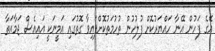
އޭގެ ފަހުން އޭނާ ހައްޔަރުކޮށް ފުލުހުން ތުހުމަތުކޮށްފައިވާ ގޮތުގައި އަމީނަކީ އައިއެސް ޖަމާއަތާ